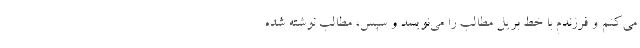
می‌کنم و فرزندم با خط بریل مطالب را می‌نویسد و سپس، مطالب نوشته شده